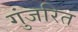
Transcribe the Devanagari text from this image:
गुंजरित